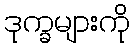
ဒုက္ခများကို